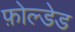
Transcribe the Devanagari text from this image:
फ़ोल्डेड